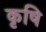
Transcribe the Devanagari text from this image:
कृषि